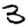
Digit: 3